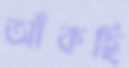
আঁকছি